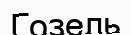
Гозель